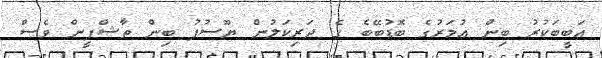
އަބީބަކުރު ބިން ޢުމަރުގެ ބޮޑުބޭބެ ގެ ދަރިކަލުން ޔޫސުފު ބިން ތާޝްފީން ވެސް